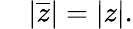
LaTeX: \quad|{\overline{{z}}}|=|z|.